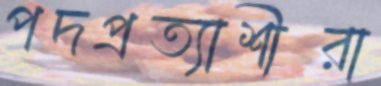
পদপ্রত্যাশীরা